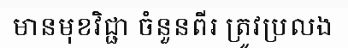
មានមុខវិជ្ជា ចំនួនពីរ ត្រូវប្រលង